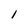
Character: l